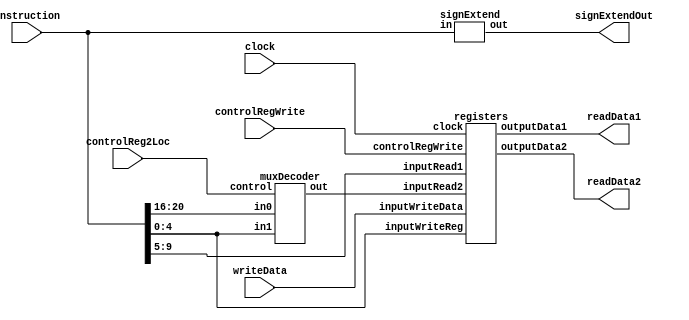
//INSTRUCTION DECODER
module instructionDecoder(clock, instruction, controlRegWrite, controlReg2Loc, signExtendOut, readData1, readData2, writeData); 
	input clock;
	input [31:0] instruction; 
	input [63:0] writeData; 
	input controlRegWrite, controlReg2Loc; 
	output [63:0] signExtendOut; 
	output[63:0] readData1; 
	output[63:0] readData2;
	wire [4:0] readRegister2; 

	registers registers(.clock(clock),.inputRead1(instruction[9:5]), .inputRead2(readRegister2), .inputWriteReg(instruction[4:0]), .inputWriteData(writeData), .outputData1(readData1), .outputData2(readData2),.controlRegWrite(controlRegWrite));
	signExtend signExtend(.in(instruction), .out(signExtendOut)); 
	muxDecoder muxReg2Loc(.in0(instruction[20:16]), .in1(instruction[4:0]), .control(controlReg2Loc), .out(readRegister2)); 
endmodule

//REGISTERS 
module registers(clock, inputRead1, inputRead2, inputWriteReg, inputWriteData, outputData1, outputData2, controlRegWrite); 
	input clock; 
	input[4:0] inputRead1; 
	input[4:0] inputRead2; 
	input[4:0] inputWriteReg; 
	input [63:0] inputWriteData; 
	input controlRegWrite; 
	output[63:0] outputData1;
	output[63:0] outputData2; 
	reg[63:0] memory [63:0]; 

	assign outputData1 = memory[inputRead1];
	assign outputData2 = memory[inputRead2];
	
	//innitialisatie van register file 
	integer i;
	initial begin
		for(i=0; i < 64; i = i + 1) begin	
			memory[i] = 0; 
		end 
	end 
	
	//bij rising edge: data wegschrijven 
	always @(posedge clock) begin
		if (controlRegWrite) begin	
			memory[inputWriteReg] = inputWriteData; 
		end 
	end
	
endmodule


//SIGNEXTEND 
module signExtend(in, out); 
	input [31:0] in; 
	output reg[63:0] out; 
	
	always @(in) begin
		//afhankelijk van welk type instructie: CBZ, CBNZ, B, D (LDUR/STUR)
		
		//B opcode van 31:26 => address van 25:0 
		if(in[31:26] == 6'b000101) begin
			//tekenbit wordt opgeschoven naar links 
			out[25:0] = in[25:0] ; 
			out[63:26] = {38{out[25]}};  

		//19-bit offset 
		//CBNZ 
		end else if (in[31:24] == 8'b10110101) begin
			out[18:0] = in[23:5]; 
			out[63:19] = {45{in[23]}};  
		end else if (in[31:24] == 8'b10110100) begin 	//CBZ 
			out[18:0] = in[23:5]; 
			out[63:19] = {45{in[23]}}; 
		end else begin
		//laatste optie: 9-bit offset  
			out[8:0] = in[20:12]; 
			out[63:9] = {55{in[20]}}; 
		end
	end
	
endmodule

//MUX REG2LOC 
module muxDecoder(in0,in1,control,out);

	input[4:0] in0; 
	input[4:0] in1;
	input control; 
	output reg[4:0] out; 
	
	always@(in0,in1,control, out) begin
		if(control == 0) begin
			out = in0; 
		end 
		else begin	
			out = in1; 
		end 
	end 
endmodule